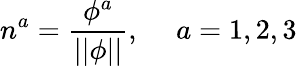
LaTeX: n^{a}=\frac{\phi^{a}}{||\phi||},\quad\ a=1,2,3